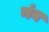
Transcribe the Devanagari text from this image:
नंब